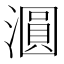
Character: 𣿹